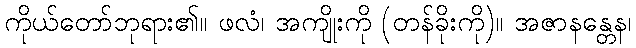
ကိုယ်တော်ဘုရား၏။ ဖလံ၊ အကျိုးကို (တန်ခိုးကို)။ အဇာနန္တေန၊